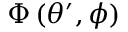
\Phi \left( \theta ^ { \prime } , \phi \right)